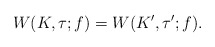
\begin{align*} W(K,\tau;f)=W(K',\tau';f).\end{align*}